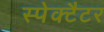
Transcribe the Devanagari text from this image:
स्पेक्टैटर